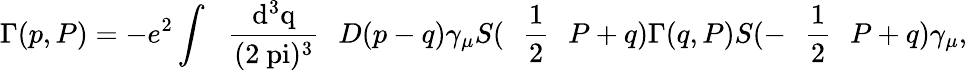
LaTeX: \Gamma(p,P)=-e^{2}\int\mathrm{~\, ~\frac{d^{3}q}{(2\ pi)^{3}}~\, ~}D(p-q)\gamma_{\mu}S(\mathrm{~\, ~\frac{1}{2}~\, ~}P+q)\Gamma(q,P)S(-\mathrm{~\, ~\frac{1}{2}~\, ~}P+q)\gamma_{\mu},